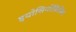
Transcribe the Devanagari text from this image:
इयोसिनोफ़िलिक